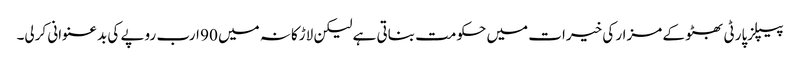
پیپلزپارٹی بھٹو کے مزار کی خیرات میں حکومت بناتی ہے لیکن لاڑکانہ میں 90 ارب روپے کی بدعنوانی کرلی۔